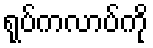
ရုပ်ကလာပ်ကို